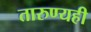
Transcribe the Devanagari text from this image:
तारुण्यही